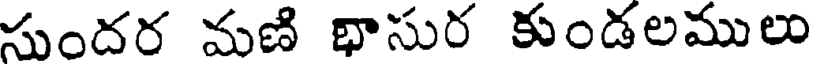
సుందర మణి భాసుర కుండలములు